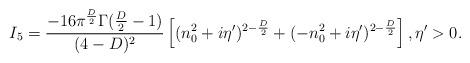
LaTeX: \begin{align*}I_5 = \frac{-16 \pi^{\frac{D}{2}} \Gamma (\frac{D}{2}-1)}{(4-D)^2}\left[(n_0^2 +i\eta^{\prime})^{2-\frac{D}{2}} + (-n_0^2 +i\eta^{\prime})^{2-\frac{D}{2}} \right],\eta^{\prime} > 0.\end{align*}